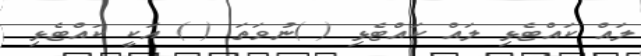
ލައް ކައްޓެޅި ލައް ކައްޓެޅި ( )ނުވަތަ ( ) އަކީ ކައްޓެޅި